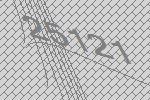
25121